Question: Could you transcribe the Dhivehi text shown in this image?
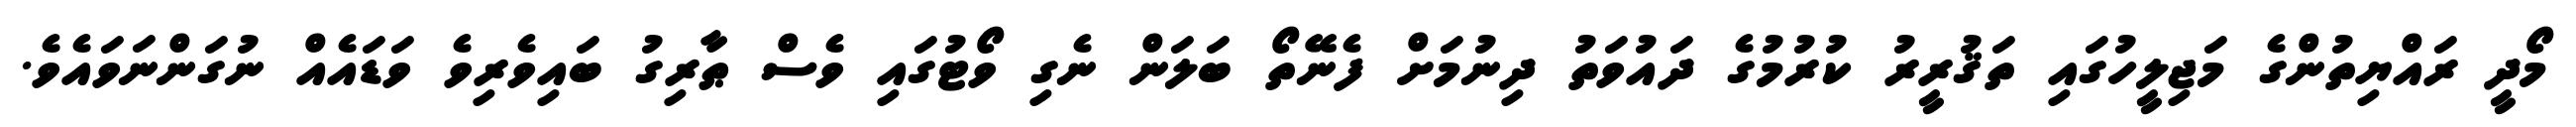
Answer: މޯދީ ރައްޔިތުންގެ މަޖިލީހުގައި ތަޤުރީރު ކުރުމުގެ ދައުވަތު ދިނުމަށް ފެނޭތޯ ބަލަން ނެގި ވޯޓުގައި ވެސް ޠާރިގު ބައިވެރިވެ ވަޑައެއް ނުގަންނަވައެވެ.